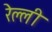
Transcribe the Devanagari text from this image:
रेल्ली